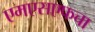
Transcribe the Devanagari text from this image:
एमएसएफचा